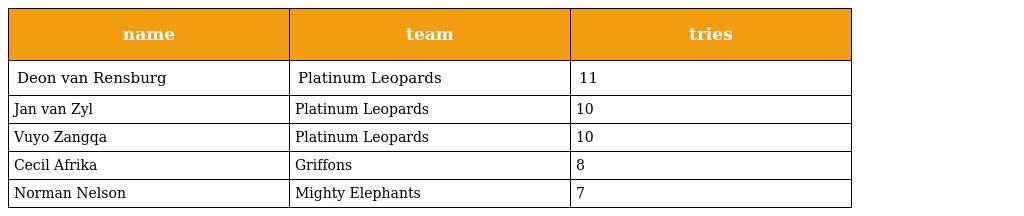
| name | team | tries |
 | --- | --- | --- |
 | Deon van Rensburg | Platinum Leopards | 11 |
 | Jan van Zyl | Platinum Leopards | 10 |
 | Vuyo Zangqa | Platinum Leopards | 10 |
 | Cecil Afrika | Griffons | 8 |
 | Norman Nelson | Mighty Elephants | 7 |